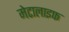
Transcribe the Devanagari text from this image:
मेटालाइफ